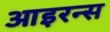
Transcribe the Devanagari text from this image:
आइरन्स